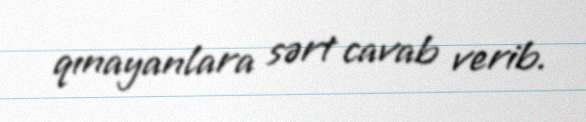
qınayanlara sərt cavab verib.